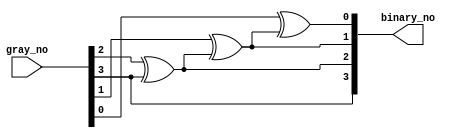
`timescale 1ns / 1ps
//////////////////////////////////////////////////////////////////////////////////
// Company: 
// Engineer: 
// 
// Design Name: 
// Module Name: gray_binary
// Project Name: 
// Target Devices: 
// Tool Versions: 
// Description: 
// 
// Dependencies: 
// 
// Revision:
// Revision 0.01 - File Created
// Additional Comments:
// 
//////////////////////////////////////////////////////////////////////////////////


module gray_binary(binary_no,gray_no);
input [3:0] gray_no;
output [3:0] binary_no;

buf g1(binary_no[3],gray_no[3]);
xor g2(binary_no[2],gray_no[2],binary_no[3]);
xor g3(binary_no[1],gray_no[1],binary_no[2]);
xor g4(binary_no[0],gray_no[0],binary_no[1]);

endmodule